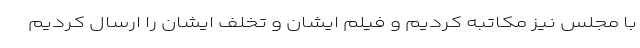
با مجلس نیز مکاتبه کردیم و فیلم ایشان و تخلف ایشان را ارسال کردیم